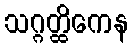
သဂ္ဂတ္ထိကေန